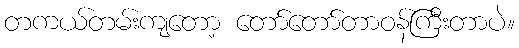
တကယ်တမ်းကျတော့ တော်တော်တာဝန်ကြီးတာပဲ။